Annual report on the working of the lock hospitals in the Central Provinces
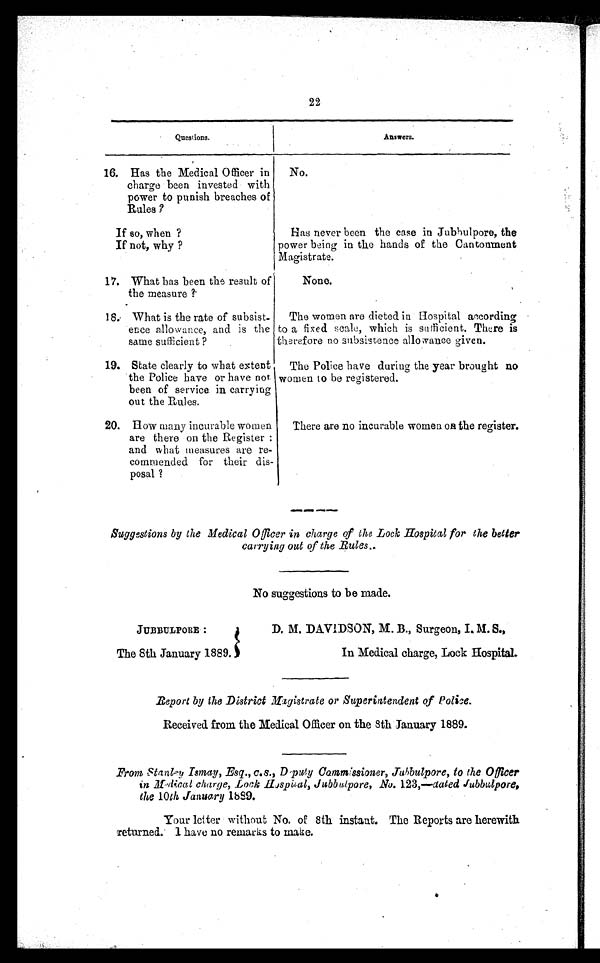
22
Questions.
Answers.
16. Has the Medical Officer in
charge been invested with
power to punish breaches of
Rules ?
No.
If so, when ?
If not, why ?
Has never been the case in Jubbulpore, the
power being in the hands of the Cantonment
Magistrate.
17. What has been the result of
the measure ?
None.
18. What is the rate of subsist
ence allowance, and is the
same sufficient ?
The women are dieted in Hospital according
to a fixed scale, which is sufficient. There is
therefore no subsistence allowance given.
19. State clearly to what extent
the Police have or have not
been of service in carrying
out the Rules.
The Police have during the year brought no
women to be registered.
20. How many incurable women
are there on the Register
and what measures are re
commended for their dis
posal ?
There are no incurable women on the register.
.S
u g g e s t i o n s b y t h e M e d i c a l O f f i c e r i n c h a r g e o f t h e L o c k H o s p i t a l f o r t h e b e t t e r
carrying out of the Rules..
No suggestions to be made.
JUBBULPORE :
The 8th January 1889.
D. M. DAVIDSON, M. B., Surgeon, I. M. S.,
In Medical charge, Lock Hospital.
Report by the District Magistrate or Superintendent of Police.
Received from the Medical Officer on the 8th January 1889.
From Stanley Ismay, Esq., c.s., Deputy Cammissioner, Jubbulpore, to theO f f i c e r
in Medical charge, Lock Hospital, Jubbulpore, No. 123,—dated Jubbulpore,
the 10th January 1889.
Your letter without No. of 8th instant. The Reports are herewith
r eturned. I have no remarks to make.